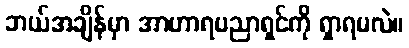
ဘယ်အချိန်မှာ အာဟာရပညာရှင်ကို ရှာရမလဲ။